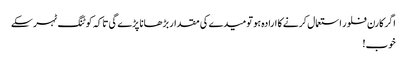
اگر کارن فلور استعمال کرنے کا ارادہ ہو تو میدے کی مقدار بڑھانا پڑے گی تاکہ کوٹنگ ٹہر سکے
خوب!